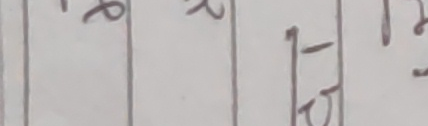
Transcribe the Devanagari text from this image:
९ २ १७ १२